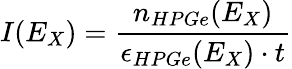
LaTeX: I(E_{X})=\frac{n_{HPGe}(E_{X})}{\epsilon_{HPGe}(E_{X})\cdot t}